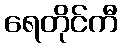
ရေတိုင်ကီ